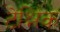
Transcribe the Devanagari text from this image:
टेश्निक